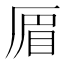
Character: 𠪃